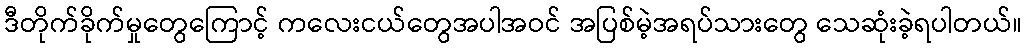
ဒီတိုက်ခိုက်မှုတွေကြောင့် ကလေးငယ်တွေအပါအဝင် အပြစ်မဲ့အရပ်သားတွေ သေဆုံးခဲ့ရပါတယ်။